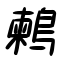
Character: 鶫